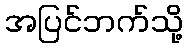
အပြင်ဘက်သို့